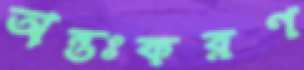
অন্তঃকরণ